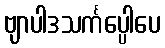
ဗျာပါဒသင်္ကပ္ပေါပေ